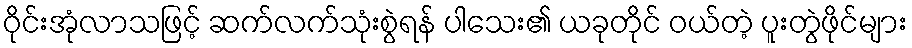
ဝိုင်းအုံလာသဖြင့် ဆက်လက်သုံးစွဲရန် ပါသေး၏ ယခုတိုင် ဝယ်တဲ့ ပူးတွဲဖိုင်များ